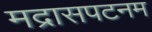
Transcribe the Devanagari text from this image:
मद्रासपटनम